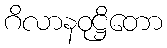
ဂိလာနဝုဋ္ဌိတော